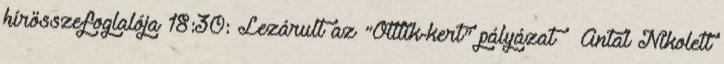
hírösszefoglalója 18:30: Lezárult az "Ottlik-kert" pályázat – Antal Nikolett